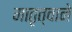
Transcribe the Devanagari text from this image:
मातृत्वाने